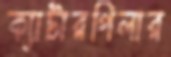
ক্যাটারপিলার